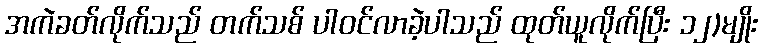
အကဲခတ်လိုက်သည် တက်သစ် ပါဝင်လာခဲ့ပါသည် ထုတ်ယူလိုက်ပြီး ၁၂)မျိုး